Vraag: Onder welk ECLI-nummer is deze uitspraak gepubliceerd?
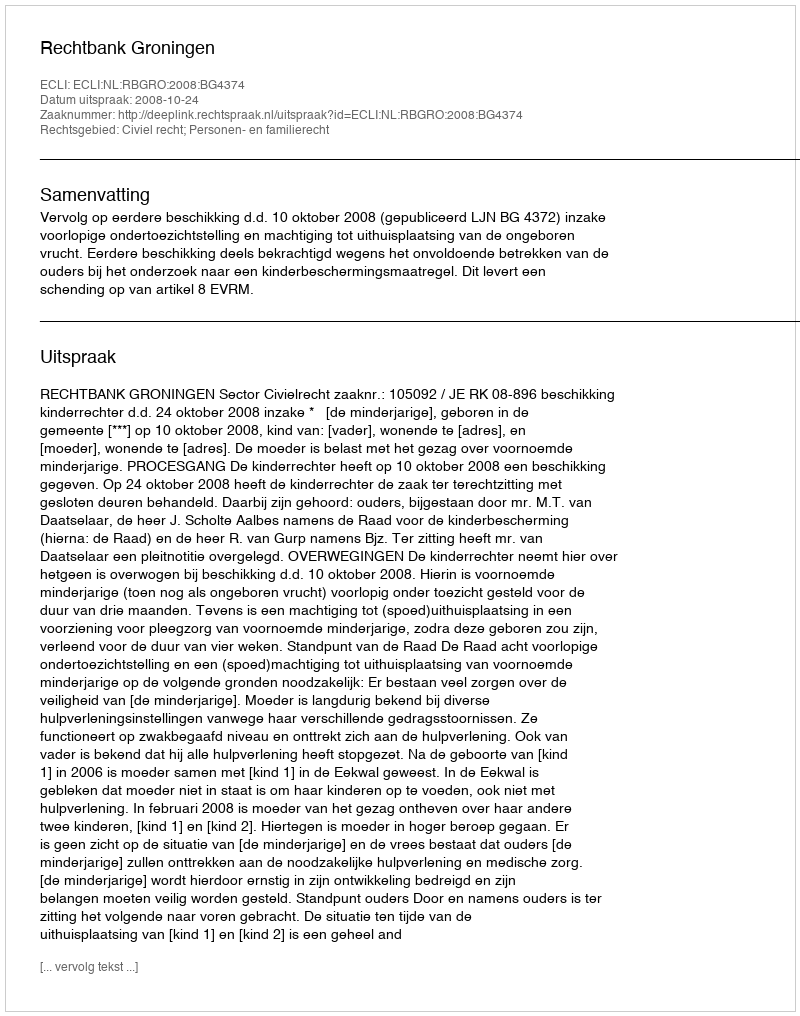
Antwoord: ECLI:NL:RBGRO:2008:BG4374